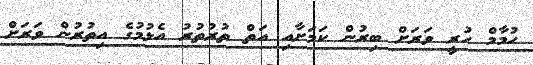
ހުމާމް ހުރީ ވަރަށް ބިރުން ކަމަށާއި އަތް ތުރުތުރު އެޅުމުގެ އިތުރުން ވަރަށް